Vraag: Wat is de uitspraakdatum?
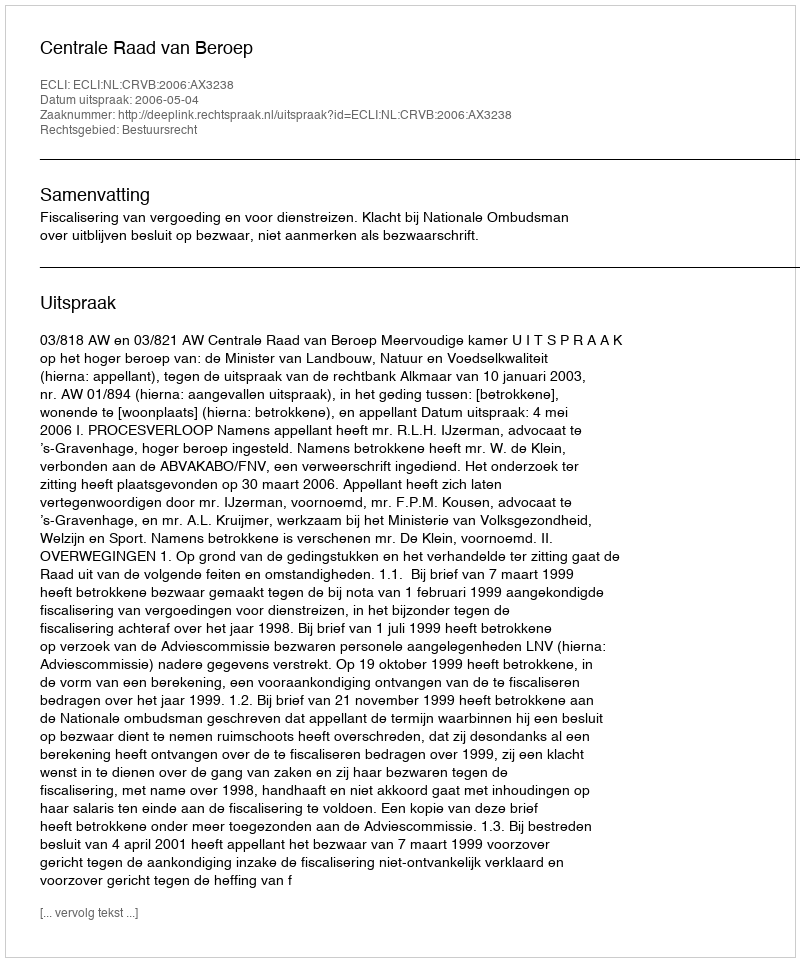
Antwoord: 2006-05-04